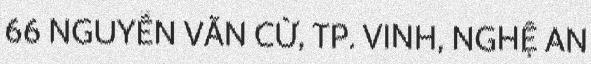
66 NGUYỄN VĂN CỪ, TP. VINH, NGHỆ AN